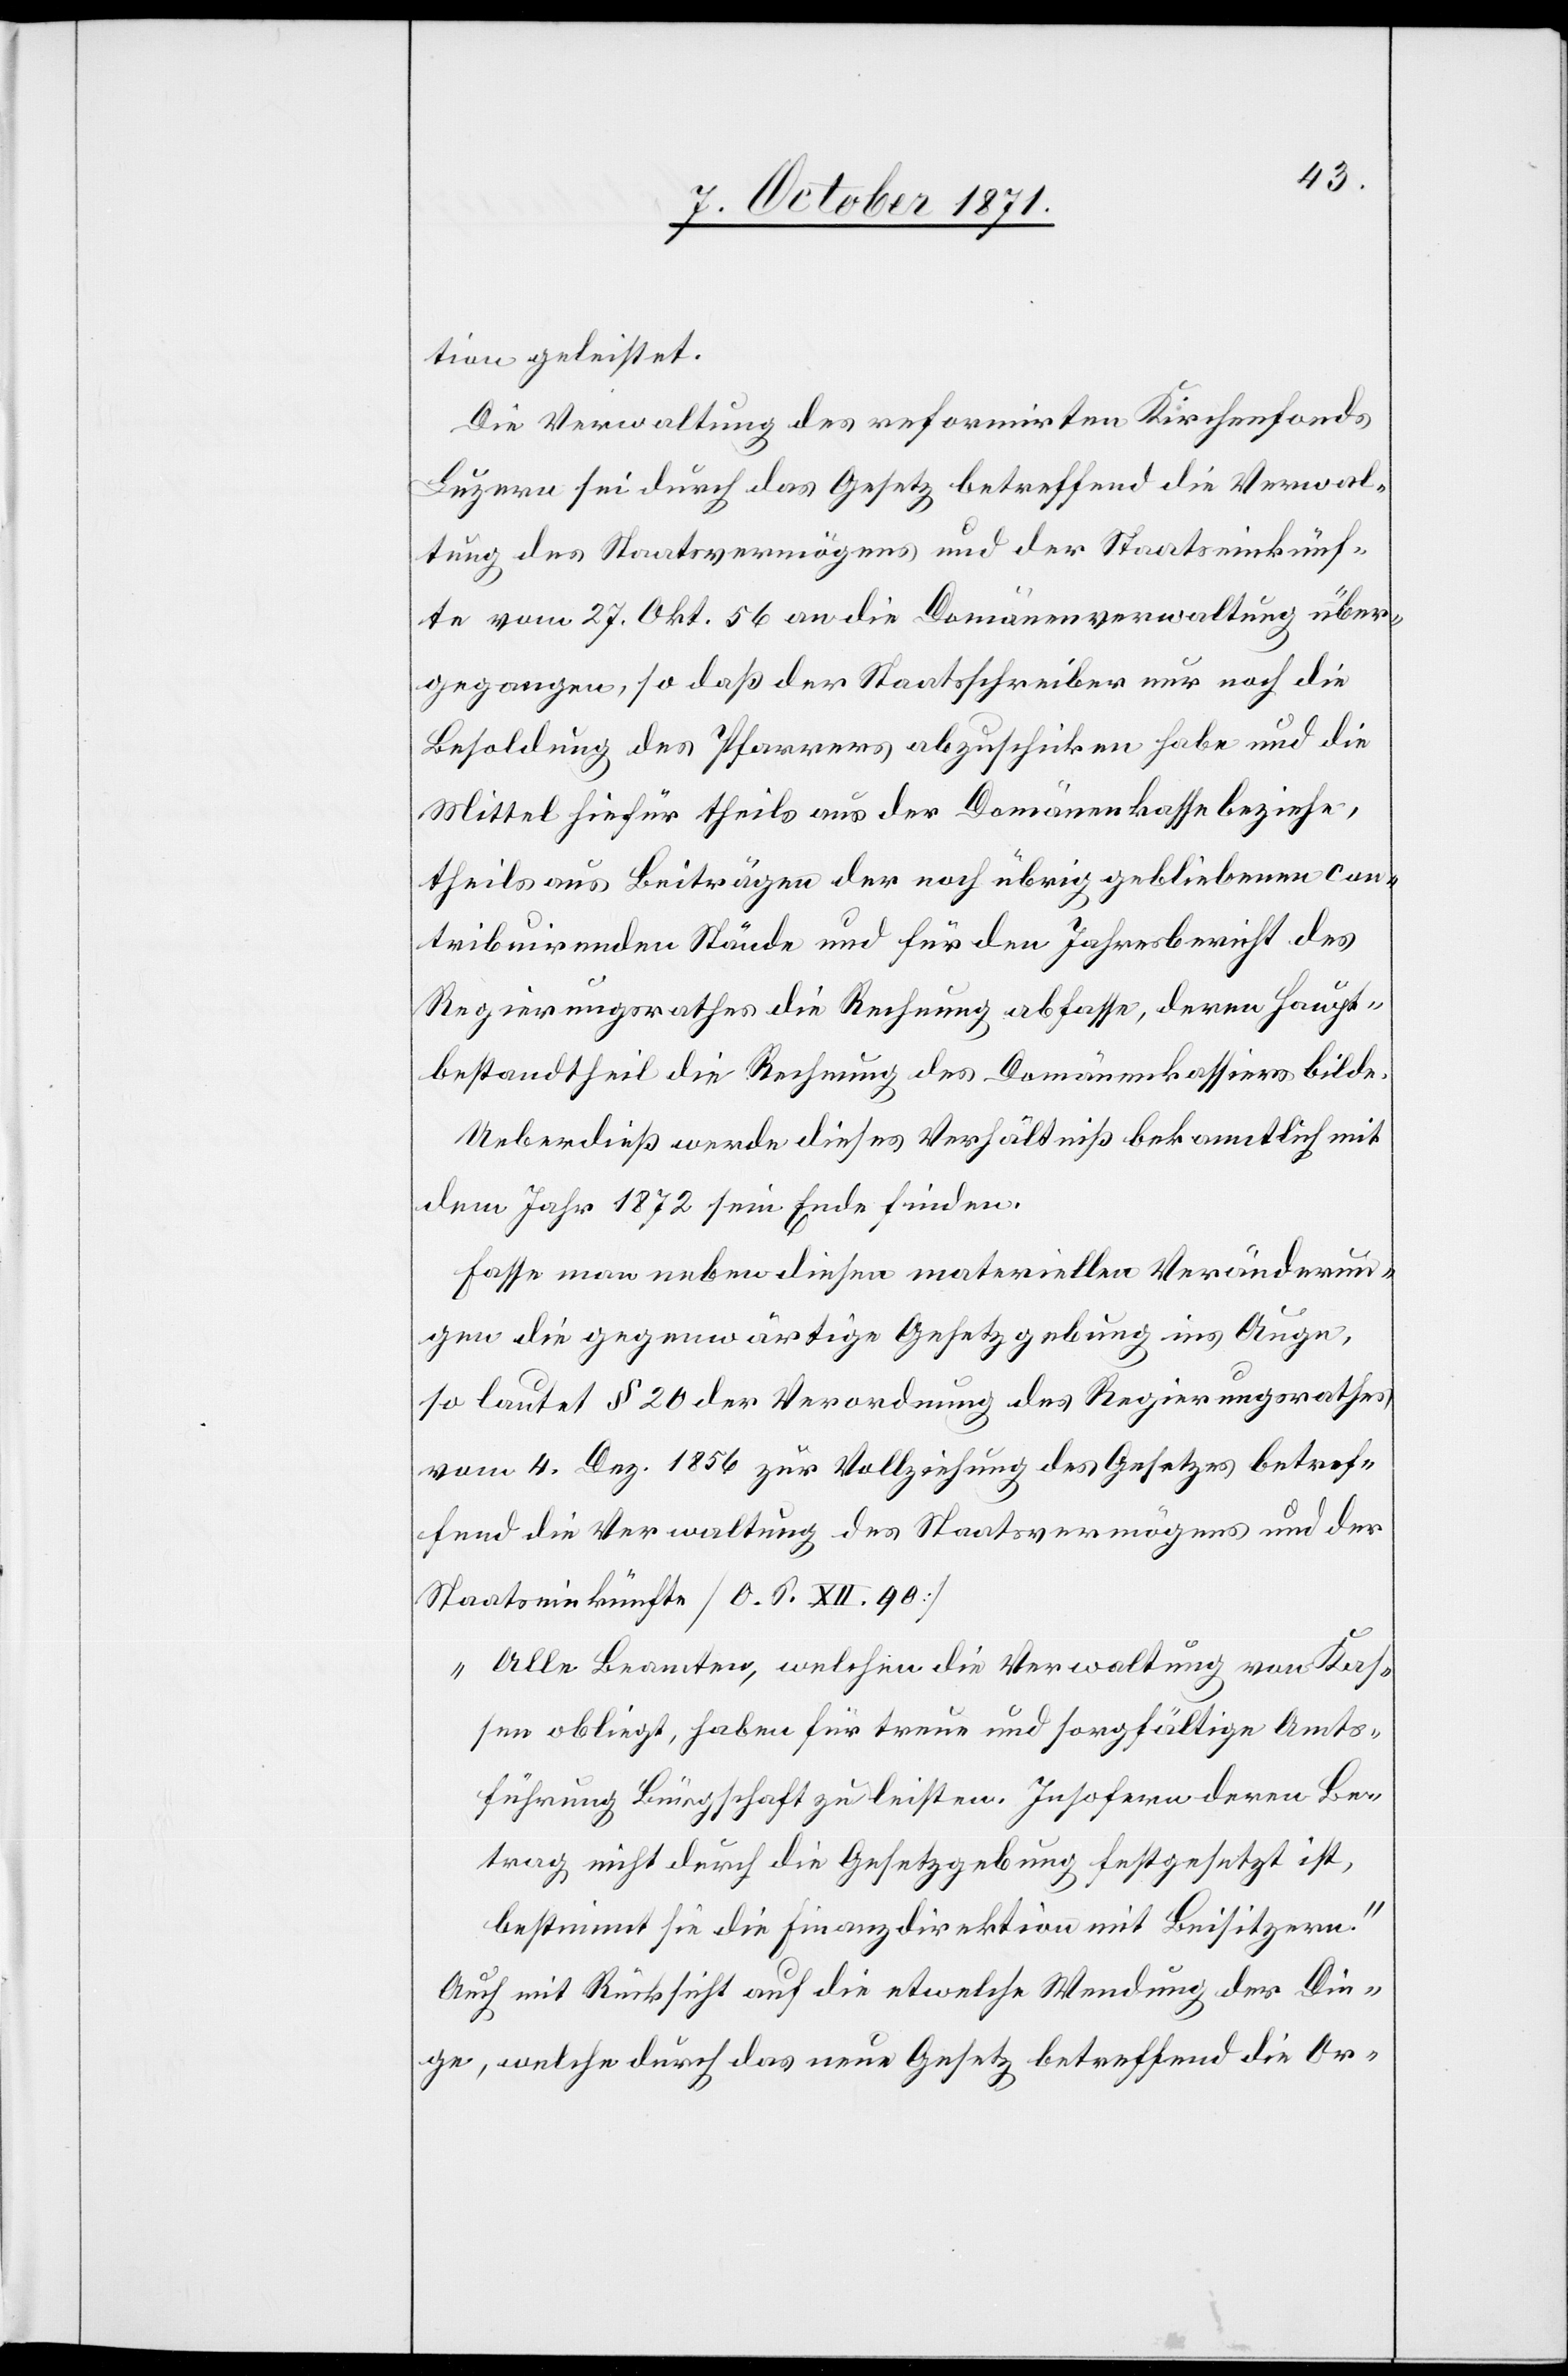
tion geleistet.
Die Verwaltung des reformirten Kirchenfonds
Luzern sei durch das Gesetz betreffend die Verwal¬
tung des Staatsvermögens und der Staatseinkünf¬
te vom 27. Okt. 56 an die Domänenverwaltung über¬
gegangen, so daß der Staatsschreiber nur noch die
Besoldung des Pfarrers abzuschicken habe und die
Mittel hiefür theils aus der Domänenkasse beziehe,
theils aus Beiträgen der noch übrig gebliebenen con¬
tribuirenden Stände und für den Jahresbericht des
Regierungsrathes die Rechnung abfasse, deren Haupt¬
bestandtheil die Rechnung des Domänenkassiers bilde.
Ueberdieß werde dieses Verhältniß bekanntlich mit
dem Jahr 1872 sein Ende finden.
Fasse man ueber diesen materiellen Veränderun¬
gen die gegenwärtige Gesetzgebung ins Auge,
so lautet § 20 der Verordnung des Regierungsrathes
vom 4. Dez. 1856 zur Vollziehung des Gesetzes betref¬
fend die Verwaltung des Staatsvermögens und der
Staatseinkünfte [O. S. XII. 90]
„Alle Beamten, welchen die Verwaltung von Kas¬
sen obliegt, haben für treue und sorgfältige Amts¬
führung Bürgschaft zu leisten. Insofern deren Be¬
trag nicht durch die Gesetzgebung festgesetzt ist,
bestimmt sie die Finanzdirektion mit Beisitzern.“
Auch mit Rücksicht auf die etwelche Wendung der Din¬
ge, welche durch das neue Gesetz betreffend die Or-